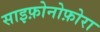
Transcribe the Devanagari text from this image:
साइफ़ोनोफ़ोरा